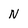
Character: N